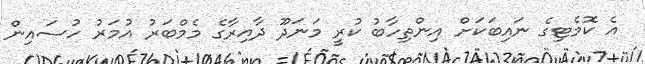
އެ ކޮމެޓިގެ ނައިބަކަށް އިންތިހާބު ކުރީ މަނަދޫ ދާއިރާގެ މެމްބަރު އުމަރު ހުސައިން